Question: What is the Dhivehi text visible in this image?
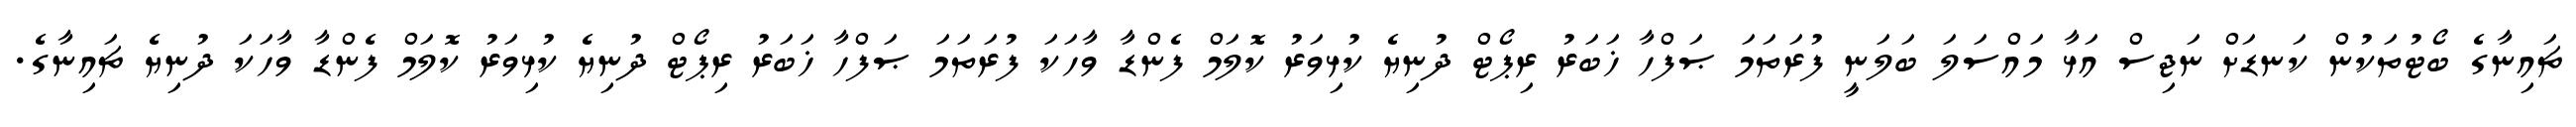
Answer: ޗައިނާގެ ބޯޓުތަކުން ކަނޑަށް ނަޖިސް އަޅާ މައްސަލަ ބަލަނީ ފުރަތަމަ ޞަފްހާ ޚަބަރު ރިޕޯޓް ދުނިޔެ ކުޅިވަރު ކޮލަމް ފެންޑާ ވާހަކަ ފުރަތަމަ ޞަފްހާ ޚަބަރު ރިޕޯޓް ދުނިޔެ ކުޅިވަރު ކޮލަމް ފެންޑާ ވާހަކަ ދުނިޔެ ޗައިނާގެ.